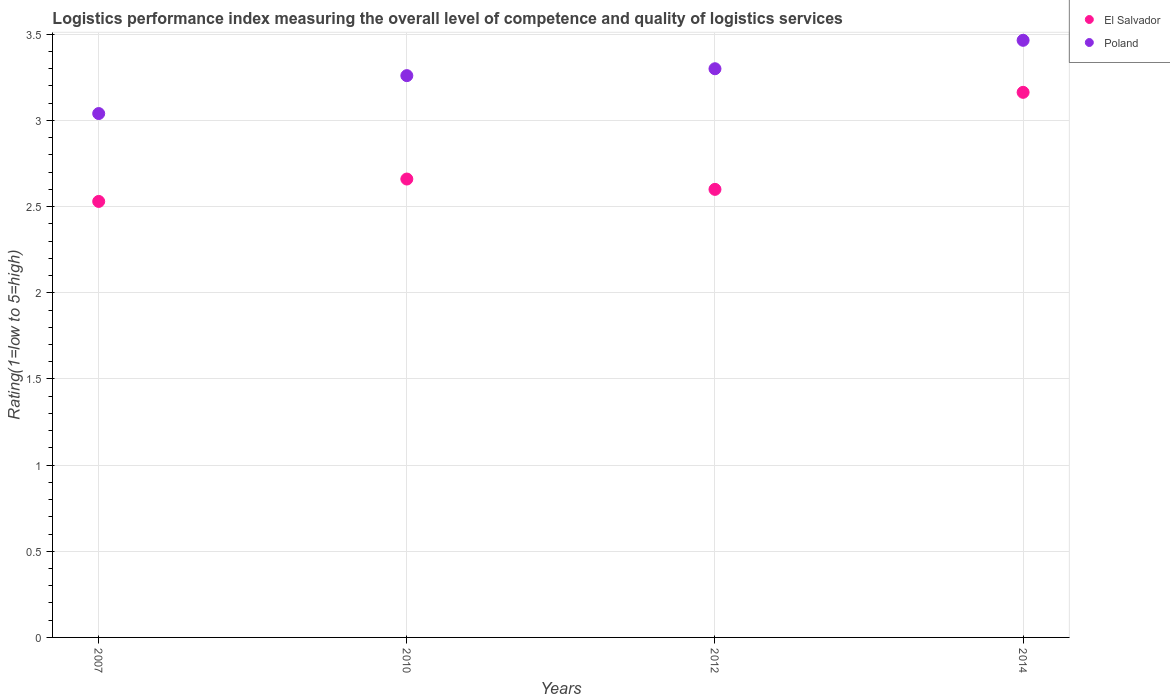
| Years | El Salvador | Poland |
 | --- | --- | --- |
 | 2007 | 2.53 | 3.04 |
 | 2010 | 2.66 | 3.26 |
 | 2012 | 2.6 | 3.3 |
 | 2014 | 3.16 | 3.47 |